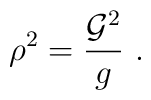
\rho^2=\frac{{\cal G}^2}{g}\ .